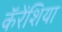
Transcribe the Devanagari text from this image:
कॅरेंशिया